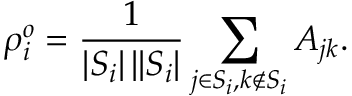
\rho _ { i } ^ { o } = \frac { 1 } { \left| S _ { i } \right| \left| | S _ { i } \right| } \sum _ { j \in S _ { i } , k \notin S _ { i } } A _ { j k } .